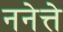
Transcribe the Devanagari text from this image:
ननेत्ते